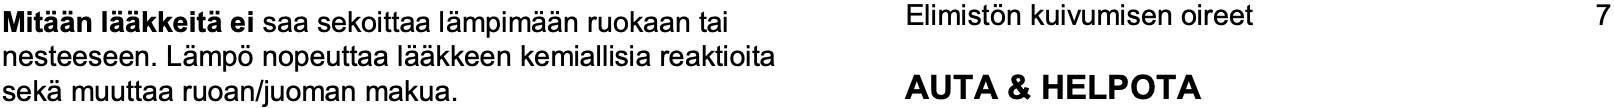
Mitään lääkkeitäeisaa sekoittaa lämpimään ruokaan tai Elimistön kuivumisen oireet 7 nesteeseen. Lämpönopeuttaa lääkkeen kemiallisia reaktioita sekämuuttaa ruoan/juoman makua. AUTA & HELPOTA